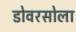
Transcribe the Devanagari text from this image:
डोवरसोला